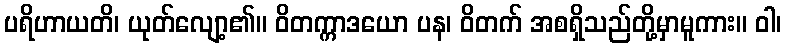
ပရိဟာယတိ၊ ယုတ်လျော့၏။ ဝိတက္ကာဒယော ပန၊ ဝိတက် အစရှိသည်တို့မှာမူကား။ ဝါ၊